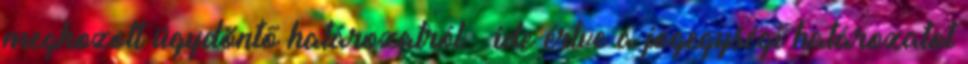
meghozott ügydöntő határozatról – ide értve a jogegységi határozatot